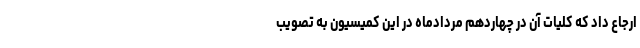
ارجاع داد که کلیات آن در چهاردهم مردادماه در این کمیسیون به تصویب